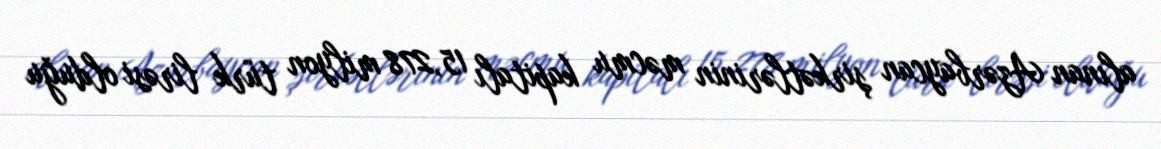
alınan Azərbaycan şirkətlərinin məcmu kapitalı 15,278 milyon türk lirəsi olduğu